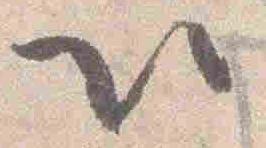
以